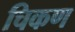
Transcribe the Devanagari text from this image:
चिकण